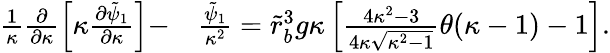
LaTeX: \begin{array}{rl}{\frac{1}{\kappa}\frac{\partial}{\partial\kappa}\left[\kappa\frac{\partial\tilde{\psi}_{1}}{\partial\kappa}\right]-}&{\frac{\tilde{\psi}_{1}}{\kappa^{2}}=\tilde{r}_{b}^{3}g\kappa\left[\frac{4\kappa^{2}-3}{4\kappa\sqrt{\kappa^{2}-1}}\theta(\kappa-1)-1\right].}\end{array}